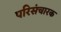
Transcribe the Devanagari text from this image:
परिसंचारक